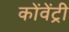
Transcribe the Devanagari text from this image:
कोंवेंट्री